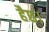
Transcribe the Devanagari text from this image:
हैछ।